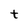
Character: t